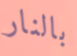
بالنار